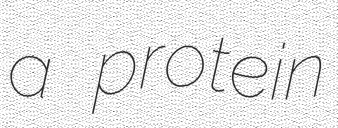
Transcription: a protein